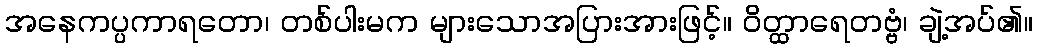
အနေကပ္ပကာရတော၊ တစ်ပါးမက များသောအပြားအားဖြင့်။ ဝိတ္ထာရေတဗ္ဗံ၊ ချဲ့အပ်၏။